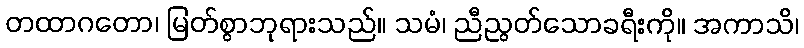
တထာဂတော၊ မြတ်စွာဘုရားသည်။ သမံ၊ ညီညွတ်သောခရီးကို။ အကာသိ၊